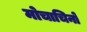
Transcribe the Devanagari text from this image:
मोचाचिनो